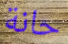
حانة